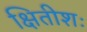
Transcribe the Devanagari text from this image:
क्षितीशः